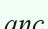
апс